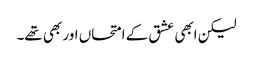
لیکن ابھی عشق کے امتحاں اور بھی تھے۔